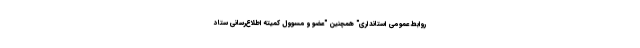
روابط عمومی استانداری" همچنین "عضو و مسوول کمیته اطلاع‌رسانی ستاد